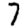
Digit: 7